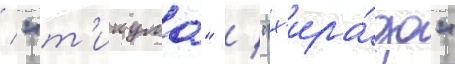
/ "т'икума" / "х'ира́до"